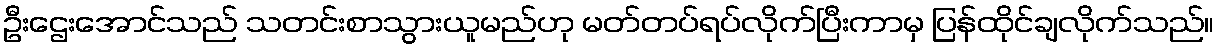
ဦးဌေးအောင်သည် သတင်းစာသွားယူမည်ဟု မတ်တပ်ရပ်လိုက်ပြီးကာမှ ပြန်ထိုင်ချလိုက်သည်။